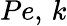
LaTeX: Pe,\, k